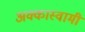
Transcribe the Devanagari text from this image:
अक्कास्वामी